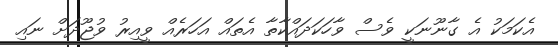
އެކަމަކު އެ ގާނޫނަކީ ވެސް ވާހަކަދައްކާތާ އެތައް އަހަރެއް ވީއިރު ވުޖޫދަށް ނައި